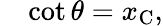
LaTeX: \quad\cot\theta=x_{\mathrm{C}},